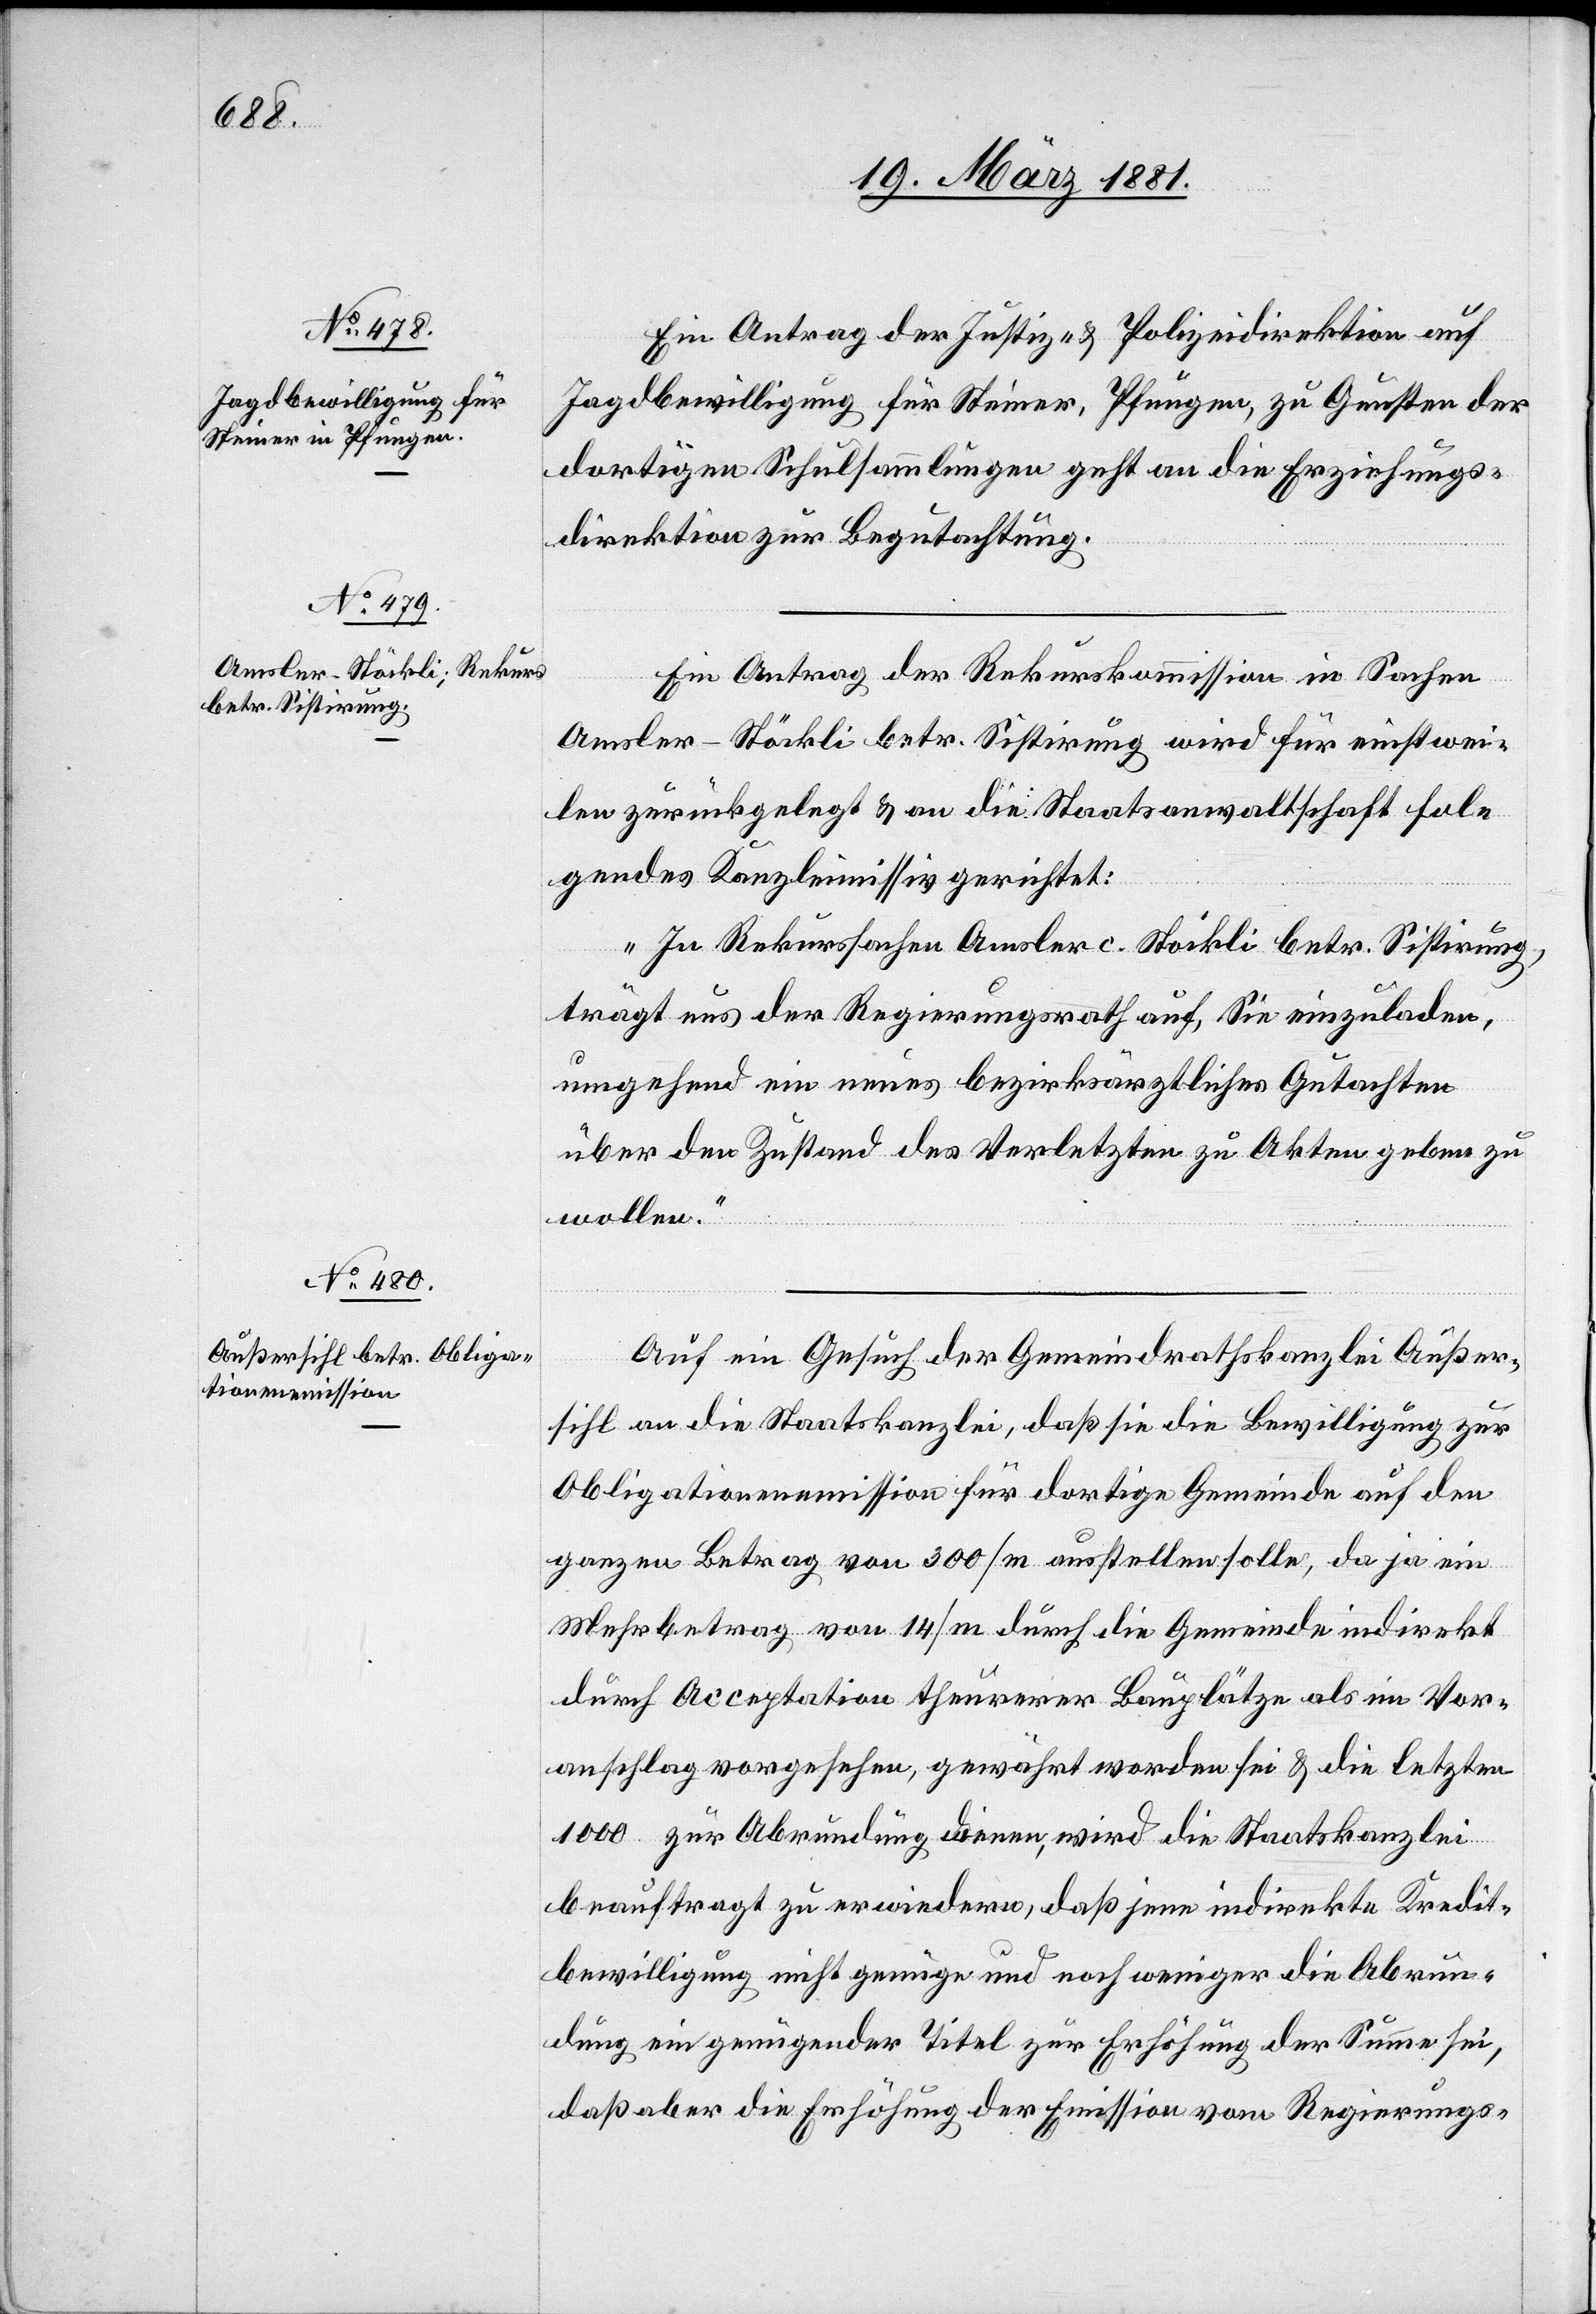
Ein Antrag der Justiz- & Polizeidirektion auf
Jagdbewilligung für Steiner, Pfungen, zu Gunsten der
dortigen Schulsammlungen geht an die Erziehungs¬
direktion zur Begutachtung.
Ein Antrag der Rekurskommission in Sachen
Amsler-Stöckli betr. Sistirung wird für einstwei¬
len zurückgelegt & an die Staatsanwaltschaft fol¬
gendes Kanzleimissiv gerichtet:
„In Rekurssachen Amsler c. Stöckli betr. Sistirung,
trägt uns der Regierungsrath auf, Sie einzuladen,
umgehend ein neues bezirksärztliches Gutachten
über den Zustand des Verletzten zu Akten geben zu
wollen.“
Auf ein Gesuch der Gemeindrathskanzlei Außer¬
sihl an die Staatskanzlei, daß sie die Bewilligung zur
Obligationenemission für dortige Gemeinde auf den
ganzen Betrag von 300/m ausstellen solle, da ja ein
Mehrbetrag von 14/m durch die Gemeinde indirekt
durch Acceptation theurerer Bauplätze als im Vor¬
anschlag vorgesehen, gewährt worden sei & die letzten
1000 zur Abrundung dienen, wird die Staatskanzlei
beauftragt zu erwiedern, daß jene indirekte Kredit¬
bewilligung nicht genüge und noch weniger die Abrun¬
dung ein genügender Titel zur Erhöhung der Summe sei,
daß aber die Erhöhung der Emission vom Regierungs-